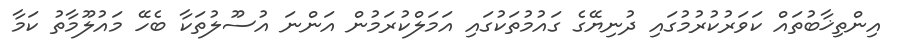
އިންތިޚާބުތައް ކަވަރުކުރުމުގައި ދުނިޔޭގެ ގައުމުތަކުގައި އަމަލްކުރަމުން އަންނަ އުސޫލުތަކާ ބެހޭ މައުލޫމާތު ކަމާ